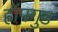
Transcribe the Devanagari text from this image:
हॉपगुड